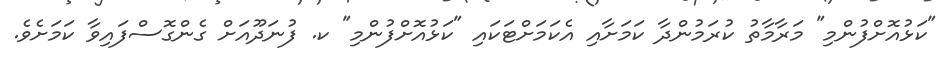
"ކަޅުއޮށްފުންމި" މަރާމާތު ކުރަމުންދާ ކަމަށާއި އެކަމަށްޓަކައި "ކަޅުއޮށްފުންމި" ކ. ފުނަދޫއަށް ގެންގޮސްފައިވާ ކަމަށެވެ.